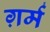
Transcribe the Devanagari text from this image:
ग़र्म